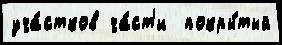
уча́стков ча́ст'и  покры́тый